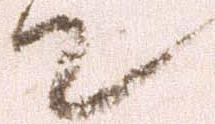
て